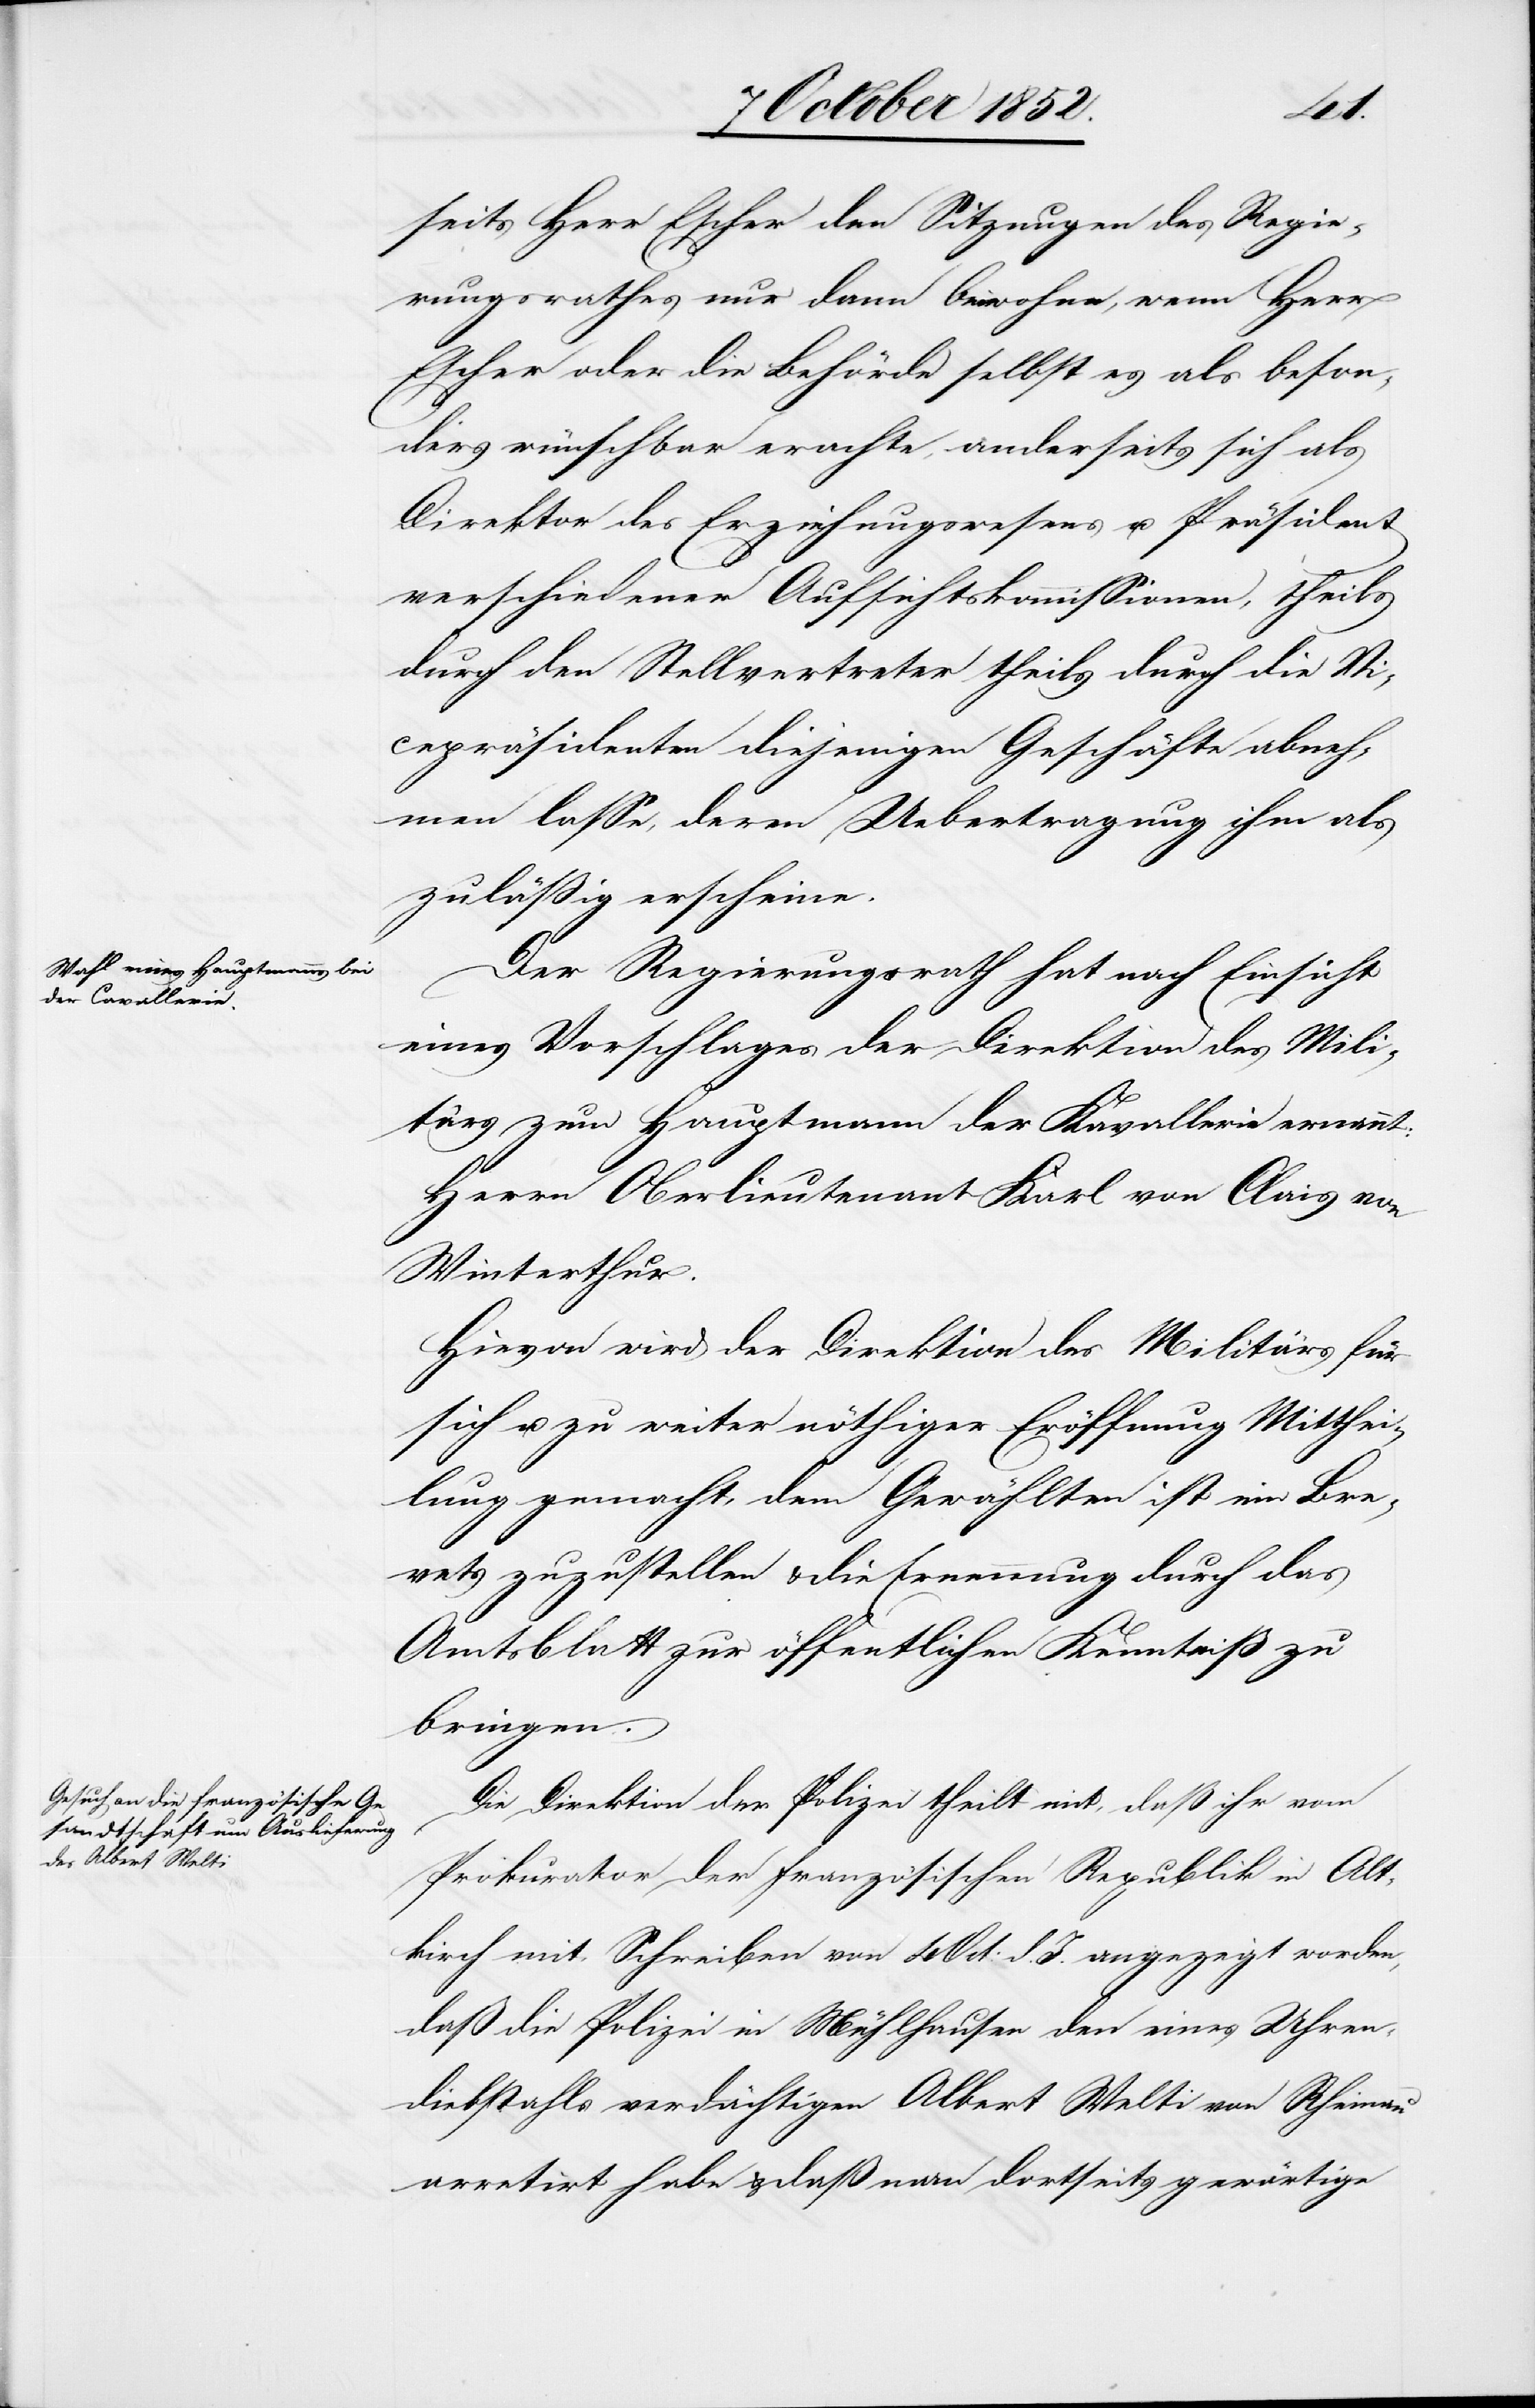
seits Herr Escher den Sitzungen des Regie¬
rungsrathes nur dann beiwohne, wenn Herr
Escher oder die Behörde selbst es als beson¬
ders wünschbar erachte, anderseits sich als
Direktor des Erziehungswesens u. Präsident
verschiedener Aufsichtskommissionen, theils
durch den Stellvertreter theils durch die Vi¬
cepräsidenten diejenigen Geschäfte abneh¬
men lasse, deren Uebertragung ihm als
zuläßig erscheine.
Der Regierungsrath hat nach Einsicht
eines Vorschlages der Direktion des Mili¬
tärs zum Hauptmann der Kavallerie ernannt:
Herrn Oberlieutenant Karl von Clais von
Winterthur.
Hievon wird der Direktion des Militärs für
sich u. zu weiter nöthiger Eröffnung Mitthei¬
lung gemacht, dem Gewählten ist ein Brevets
[sic!] zuzustellen & die Ernennung durch das
Amtsblatt zur öffentlichen Kenntniß zu
bringen.
Die Direktion der Polizei theilt mit, daß ihr vom
Prokurator der französischen Republik in Alt¬
kirch mit Schreiben von 4 Oct: d. J. angezeigt worden,
daß die Polizei in Mühlhausen den eines Uhren¬
diebstahls verdächtigen Albert Welti von Rheinau
arretirt habe & daß man dortseits gewärtige